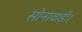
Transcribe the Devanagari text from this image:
सोनावाड़ी।